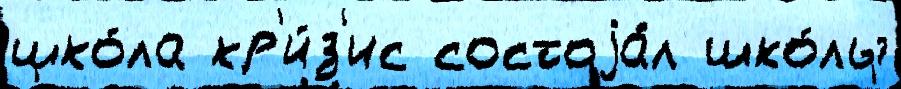
шко́ла кр'и́з'ис состоjа́л шко́лы